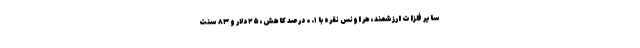
سایر فلزات ارزشمند، هر اونس نقره با ۰.۱ درصد کاهش، ۲۵ دلار و ۸۳ سنت